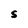
Character: 5